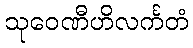
သုဝေဏီဟိလင်္ကတံ